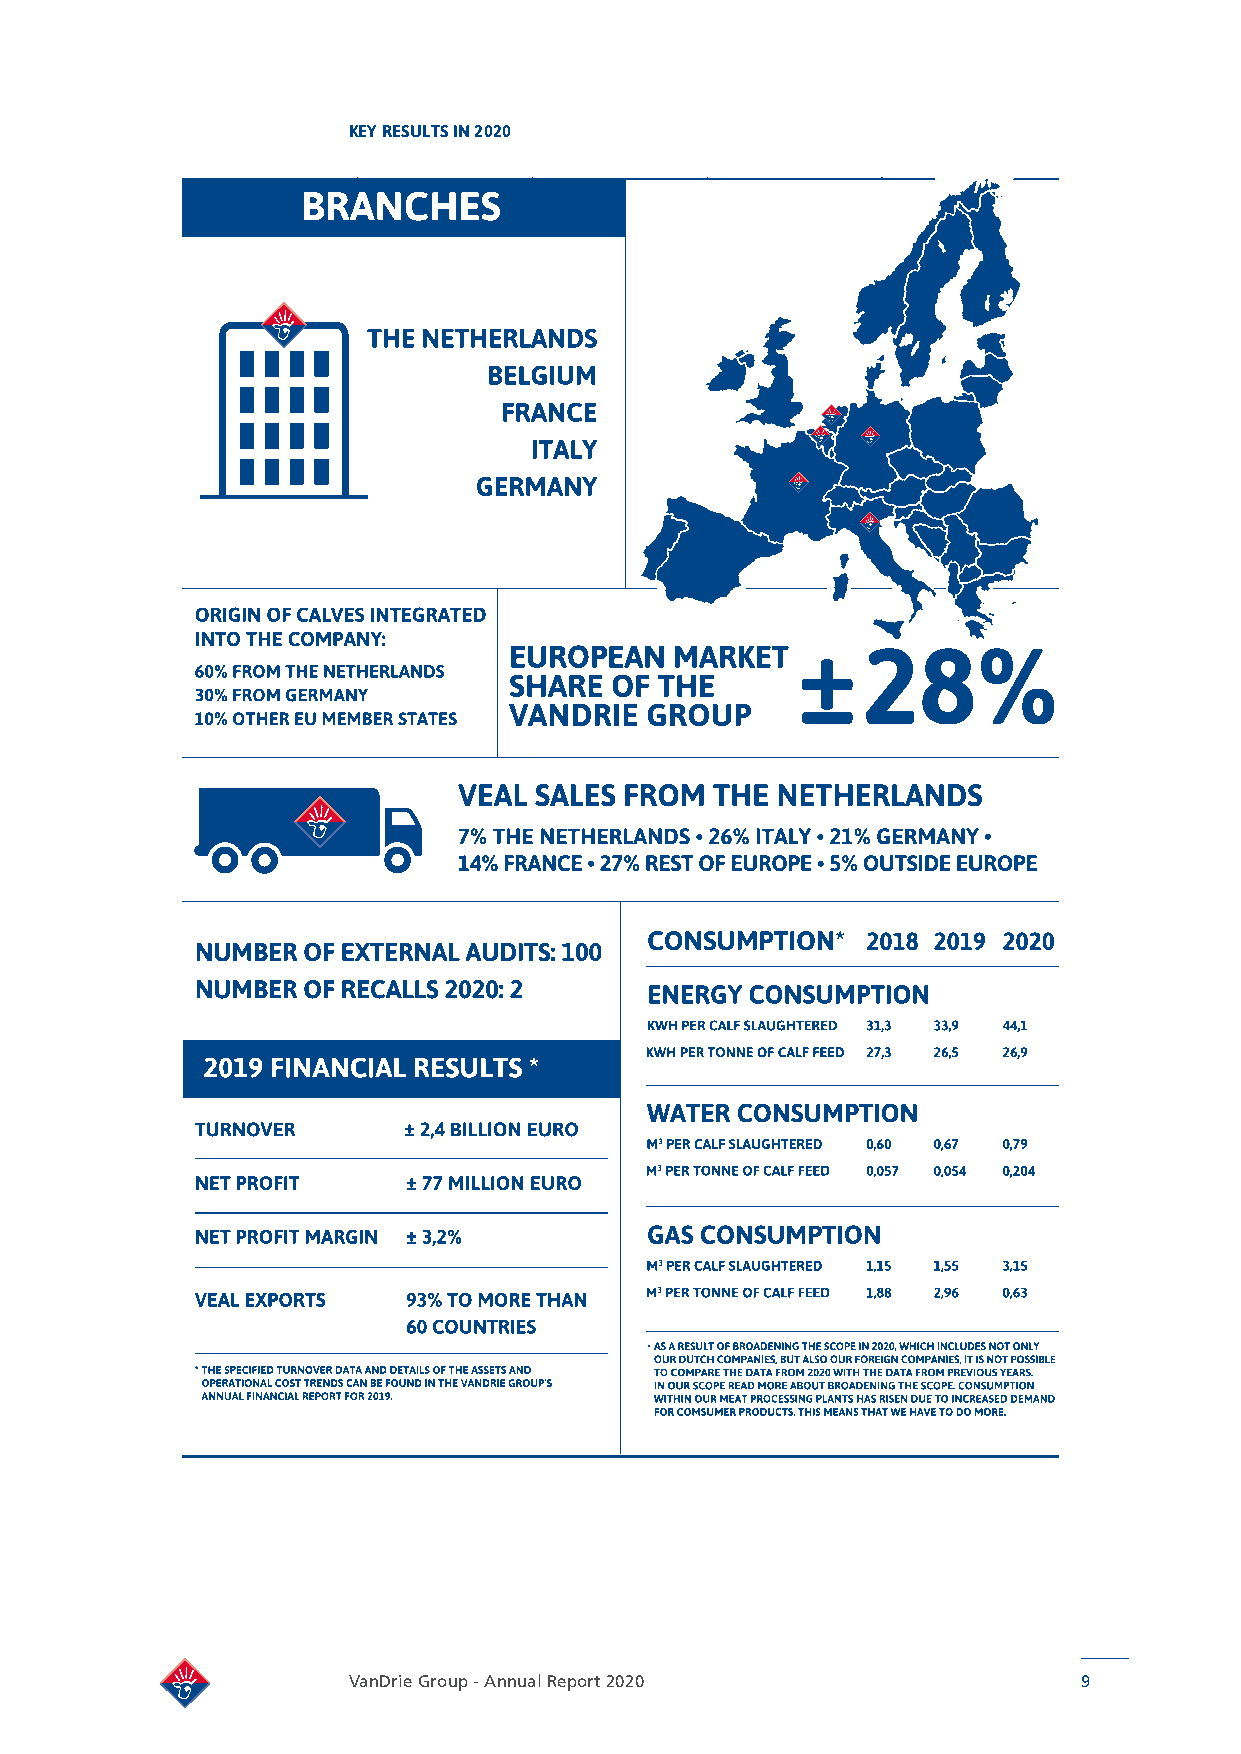
KEY RESULTS IN 2020
 VanDrie Group - Annual Report 2020               9